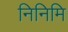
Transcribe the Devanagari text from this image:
निनिमि